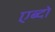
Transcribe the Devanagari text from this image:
एब्दो